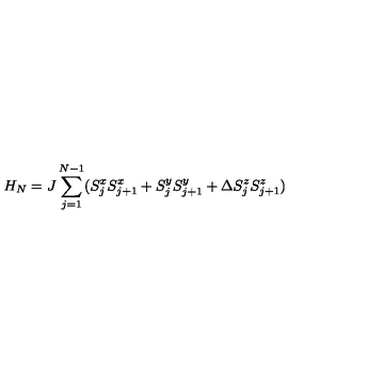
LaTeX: H _ { N } = J \sum _ { j = 1 } ^ { N - 1 } ( S _ { j } ^ { x } S _ { j + 1 } ^ { x } + S _ { j } ^ { y } S _ { j + 1 } ^ { y } + \Delta S _ { j } ^ { z } S _ { j + 1 } ^ { z } )